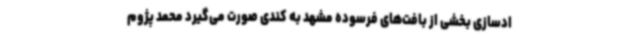
ادسازی بخشی از بافت‌های فرسوده مشهد به کندی صورت می‌گیرد محمد پژوم